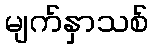
မျက်နှာသစ်